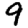
Digit: 9